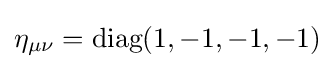
\eta _{\mu \nu }={\text{diag}}(1,-1,-1,-1)